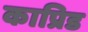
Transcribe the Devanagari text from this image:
काप्रिड